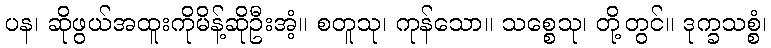
ပန၊ ဆိုဖွယ်အထူးကိုမိန့်ဆိုဦးအံ့။ စတူသု၊ ကုန်သော။ သစ္စေသု၊ တို့တွင်။ ဒုက္ခသစ္စံ၊